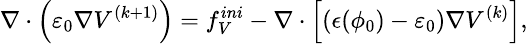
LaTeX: \small\nabla\cdot\left(\varepsilon_{0}\nabla V^{(k+1)}\right)=f_{V}^{ini}-\nabla\cdot\left[(\epsilon(\phi_{0})-\varepsilon_{0})\nabla V^{(k)}\right],